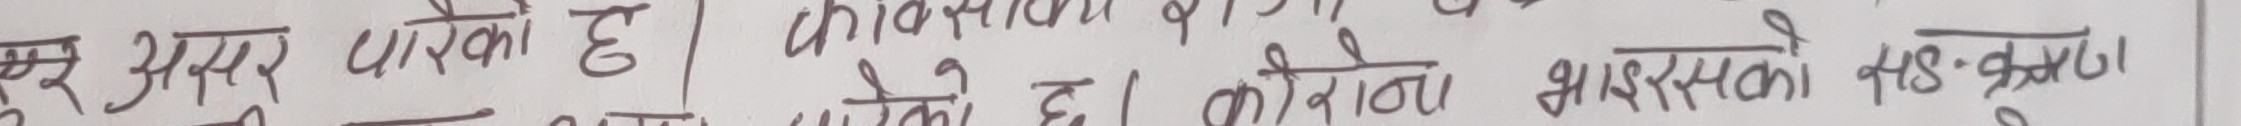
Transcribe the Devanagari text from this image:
भुर असर पाएको छ । किनभने जो कोन्य भासरसको भड खुल्न।